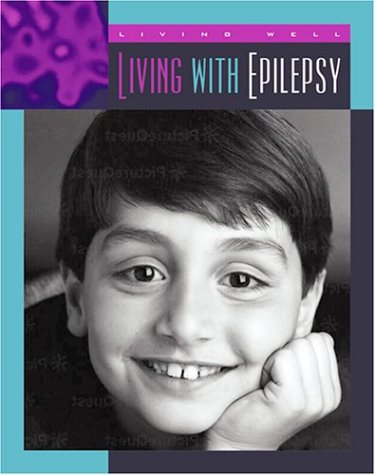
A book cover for Living with Epilepsy (Living Well: Chronic Conditions); Shirley Wimbish Gray; Health, Fitness & Dieting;